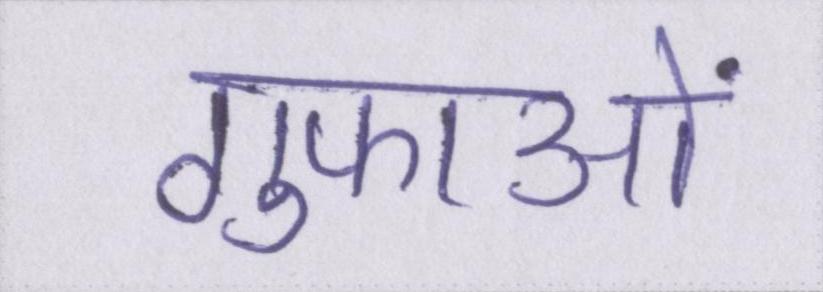
गुफाओं